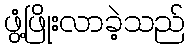
ဖွံ့ဖြိုးလာခဲ့သည်